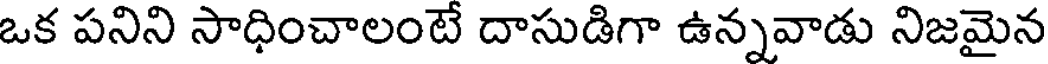
ఒక పనిని సాధించాలంటే దాసుడిగా ఉన్నవాడు నిజమైన